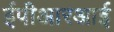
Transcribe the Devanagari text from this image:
ईपीआरआई